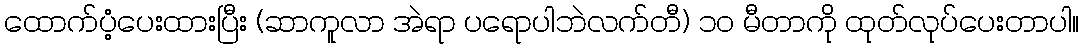
ထောက်ပံ့ပေးထားပြီး (ဆာကူလာ အဲရာ ပရောပါဘဲလက်တီ) ၁၀ မီတာကို ထုတ်လုပ်ပေးတာပါ။